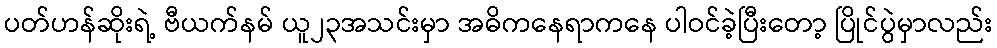
ပတ်ဟန်ဆိုးရဲ့ ဗီယက်နမ် ယူ၂၃အသင်းမှာ အဓိကနေရာကနေ ပါဝင်ခဲ့ပြီးတော့ ပြိုင်ပွဲမှာလည်း